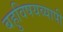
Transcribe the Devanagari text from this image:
बहुविषयव्यापी